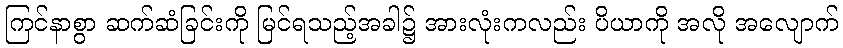
ကြင်နာစွာ ဆက်ဆံခြင်းကို မြင်ရသည့်အခါ၌ အားလုံးကလည်း ပိယာကို အလို အလျောက်